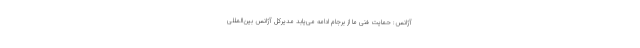
آژانس: حمایت فنی ما از برجام ادامه می‌یابد مدیرکل آژانس بین‌المللی